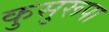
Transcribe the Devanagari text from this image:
कुसुरूपा